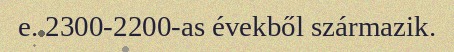
e. 2300-2200-as évekből származik.